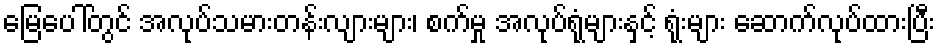
မြေပေါ်တွင် အလုပ်သမားတန်းလျားများ၊ စက်မှု အလုပ်ရုံများနှင့် ရုံးများ ဆောက်လုပ်ထားပြီး